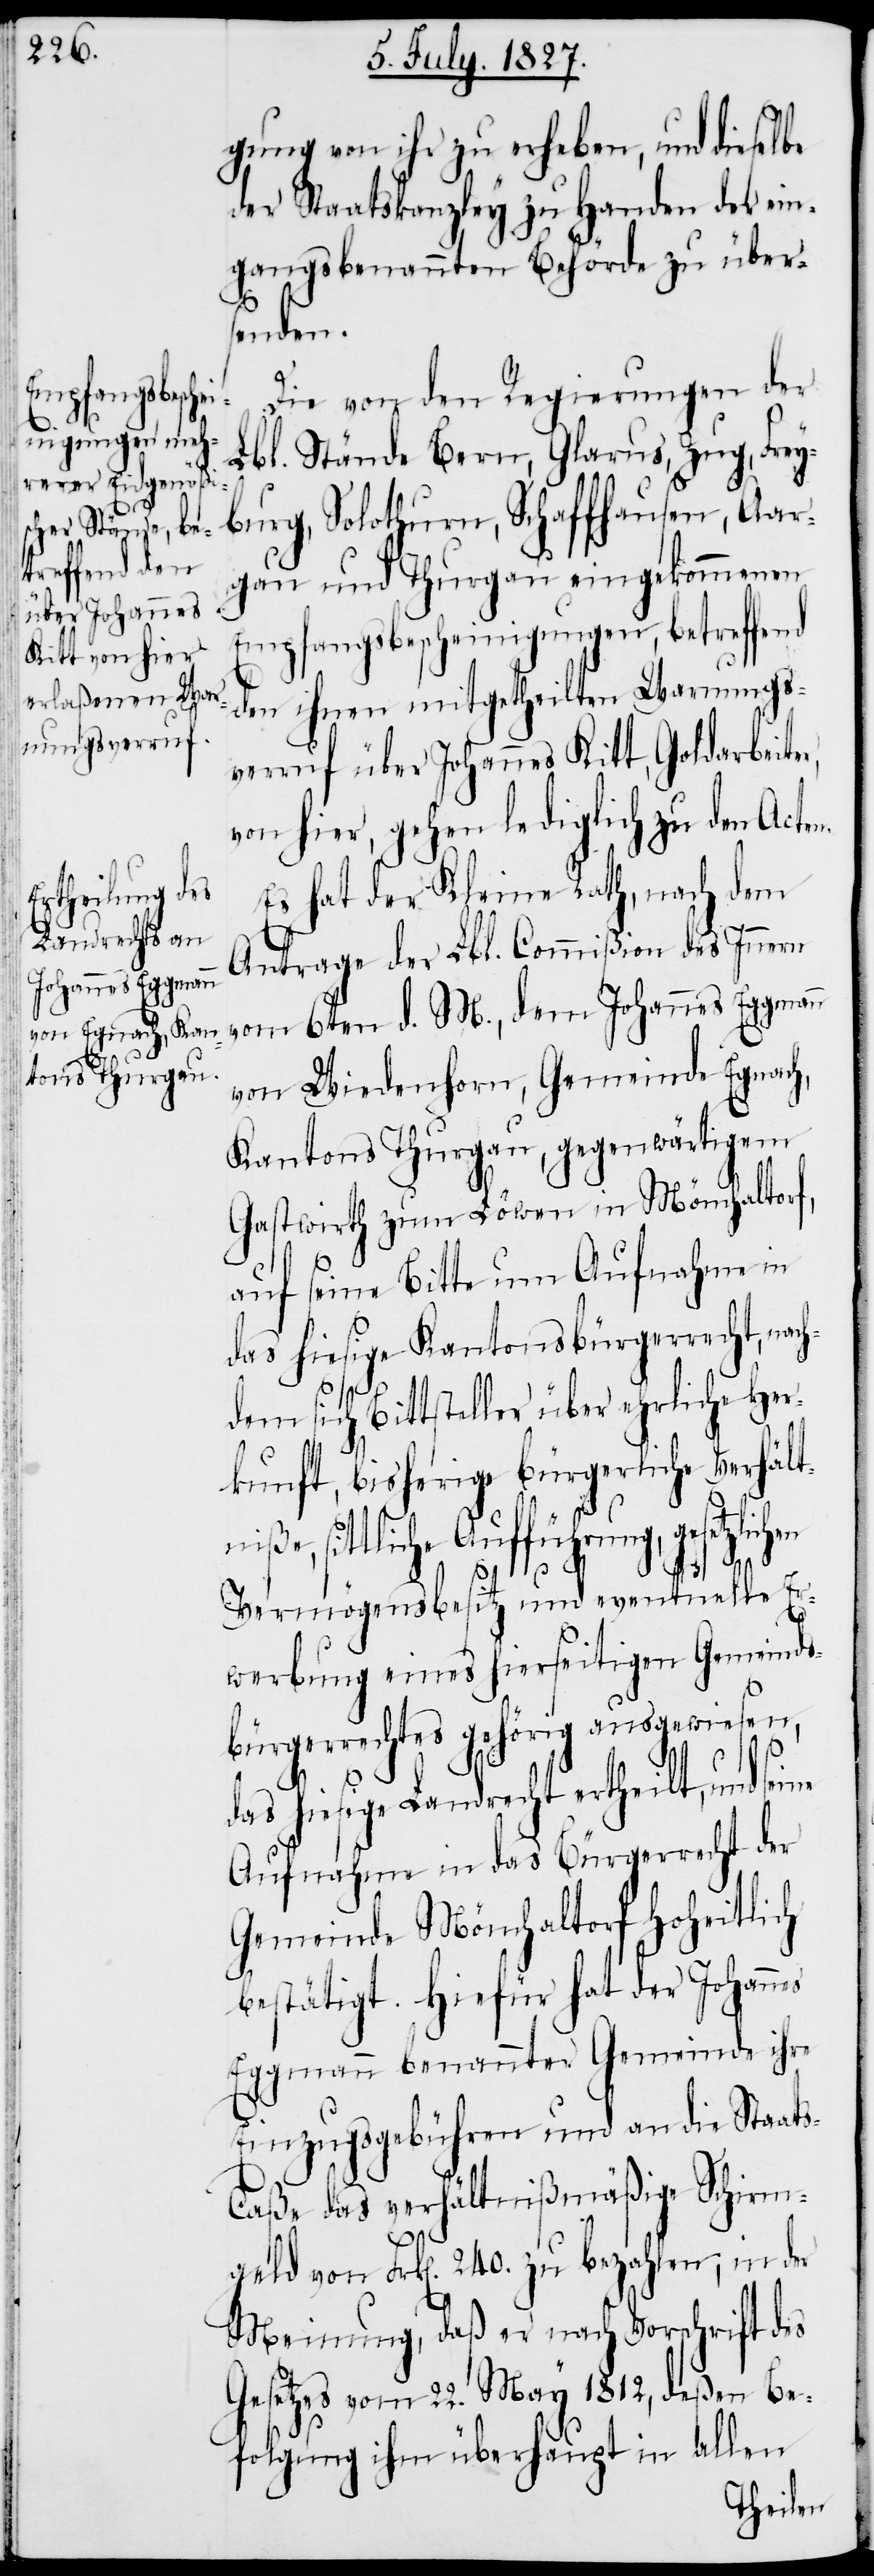
gung von ihr zu erheben, und dieselbe
der Staatskanzley zu Handen der ein¬
gangsbenannten Behörde zu über¬
senden.
Die von den Regierungen der
Lbl. Stände Bern, Glarus, Zug, Frey¬
burg, Solothurn, Schaffhausen, Aar¬
gau und Thurgau eingekommenen
Empfangsbescheinigungen, betreffend
den ihnen mitgetheilten Warnungs¬
verruf über Johannes Kitt, Goldarbeite¬
von hier, gehen lediglich zu den Acten.
Es hat der Kleine Rath, nach dem
Antrage der Lbl. Commißion des Innern
vom 6ten d. M., dem Johannes Eggmann
von Wiedenhorn, Gemeinde Egnach,
Kantons Thurgau, gegenwärtigem
Gasthwirth zum Löwen in Mönchaltorf,
auf seine Bitte um Aufnahme in
das hiesige Kantonsbürgerrecht, nac¬
hdem sich Bittsteller über ehrliche Her¬
kunft, bisherige bürgerliche Verhält¬
niße, sittliche Aufführung, gesetzlichen
es
r,
Vermögensbesitz und eventuelle Er¬
werbung eines hierseitigen Gemeinds¬
bürgerrechtes gehörig ausgewiesen,
das hiesige Landrecht ertheilt, und
Aufnahme in das Bürgerrecht der
Gemeinde Mönchaltorf Hoheitlich
bestätigt. Hiefür hat der Johann¬
Eggmann benannter Gemeinde ihre
Einzugsgebühren und an die Staats¬
kanzley das verhältnißmäßige Schirm¬
geld von Frk[en]. 240. zu bezahlen, in der
Meinung, daß er nach Vorschrift des
Gesetzes vom 22. May 1812, deßen Be¬
folgung ihm überhaupt in allen